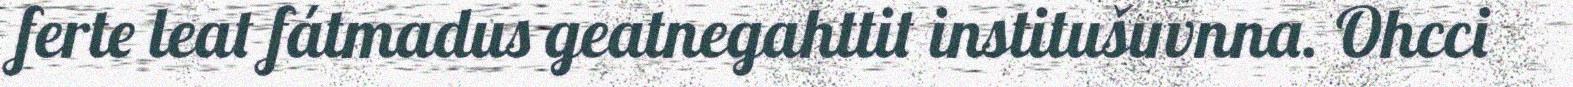
ferte leat fátmadus geatnegahttit institušuvnna. Ohcci